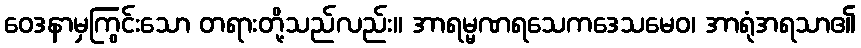
ဝေဒနာမှကြွင်းသော တရားတို့သည်လည်း။ အာရမ္မဏရသေကဒေသမေဝ၊ အာရုံအရသာ၏